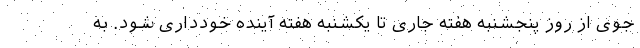
جوی از روز پنجشنبه هفته جاری تا یکشنبه هفته آینده خودداری شود. به